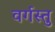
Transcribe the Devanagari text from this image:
वर्गस्तु